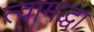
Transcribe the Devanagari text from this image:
त्वामद्धा